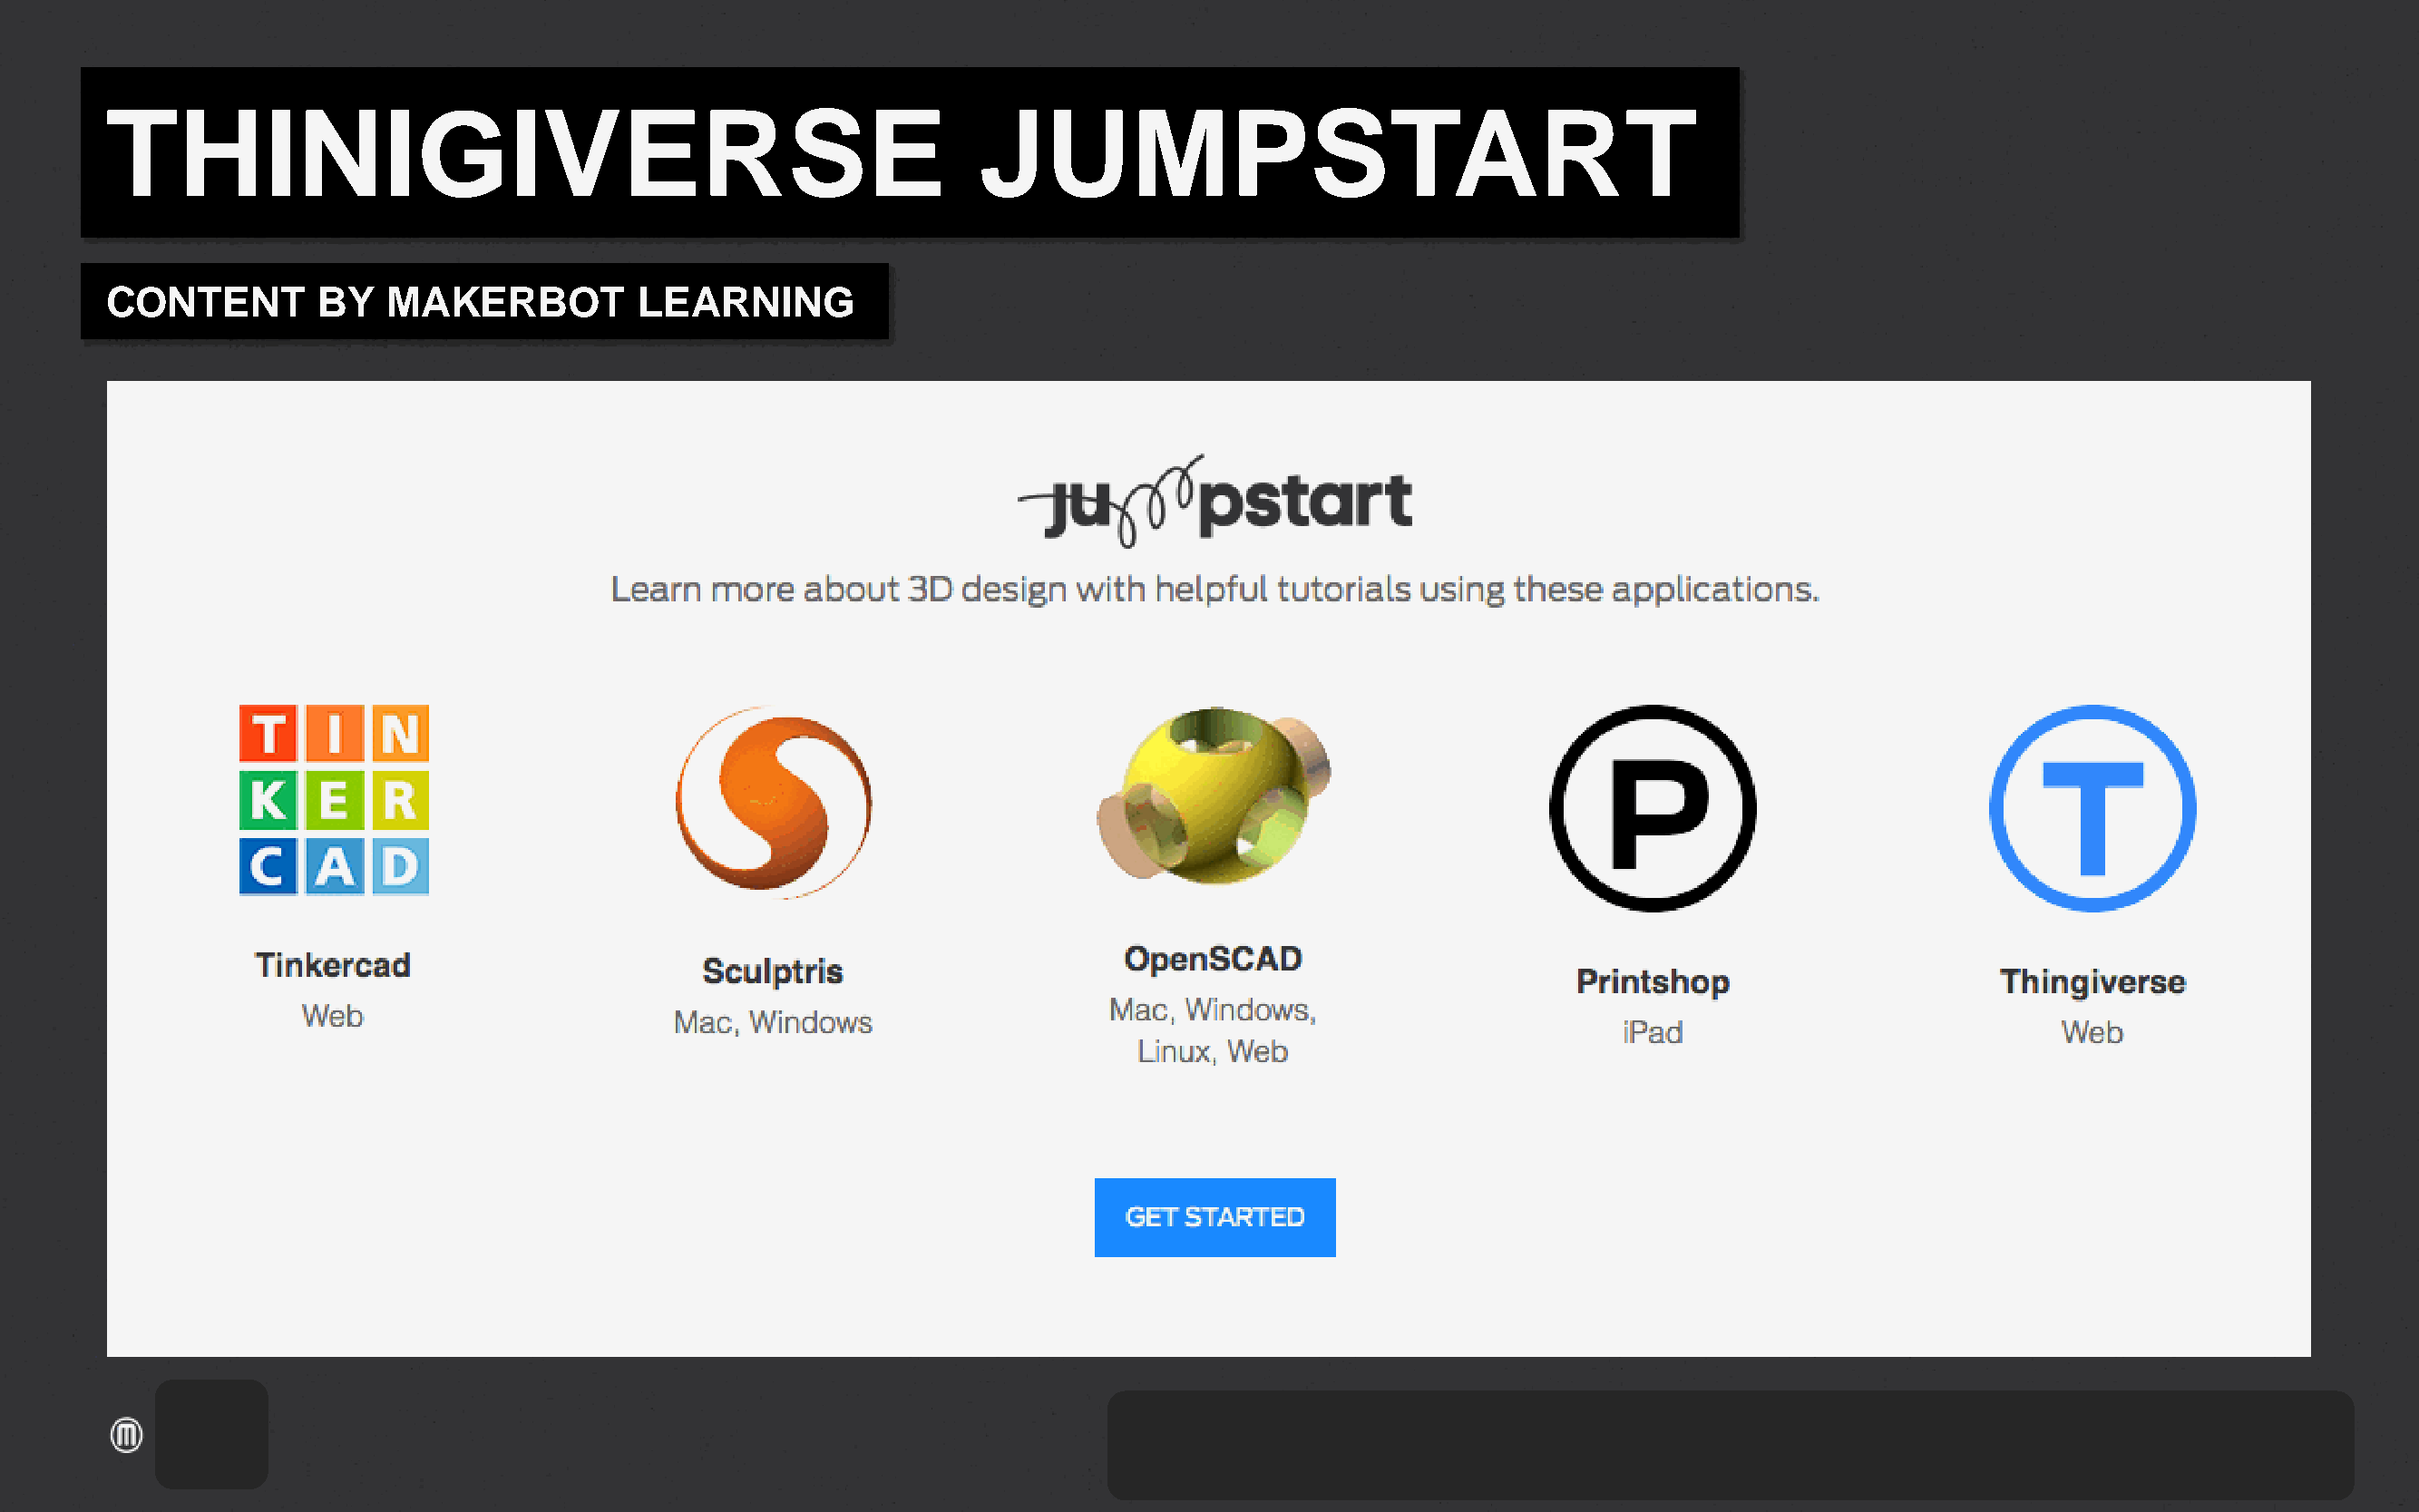
THINIGIVERSE                                                   JUMPSTART
 CONTENT        BY   MAKERBOT           LEARNING
 ‹#›
 PROPRIETARY                       AND        CONFIDENTIAL